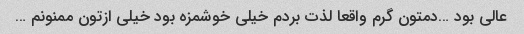
عالی بود …دمتون گرم واقعا لذت بردم خیلی خوشمزه بود خیلی ازتون ممنونم …